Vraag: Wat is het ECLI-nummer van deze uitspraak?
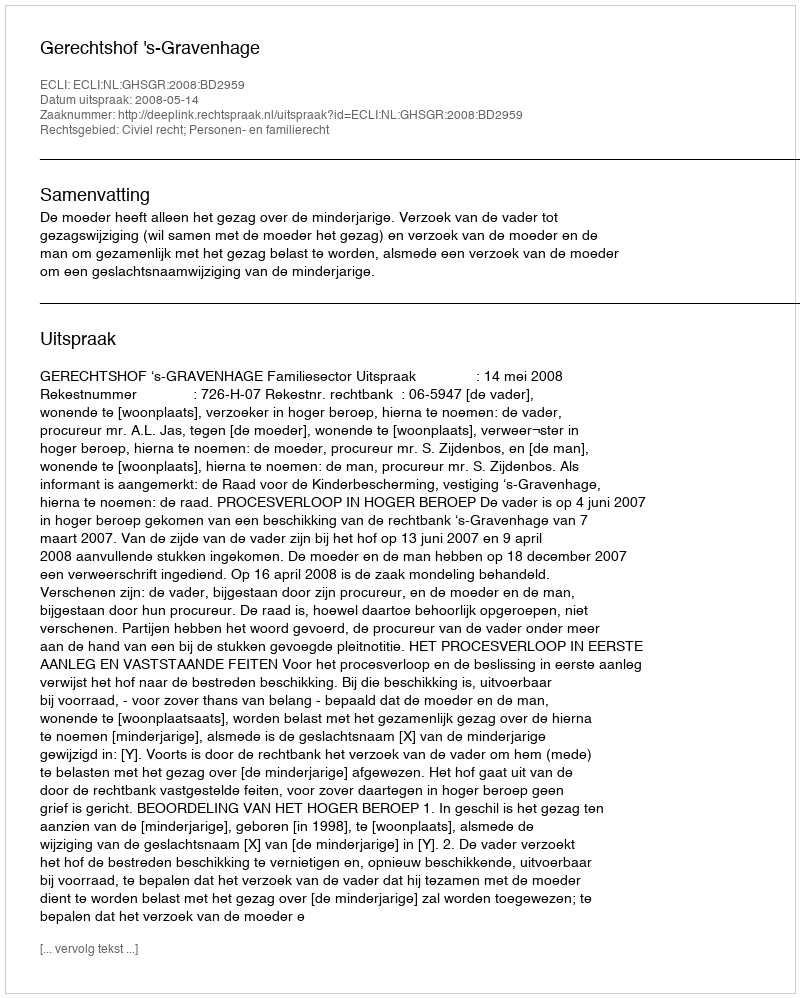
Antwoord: ECLI:NL:GHSGR:2008:BD2959